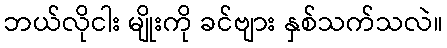
ဘယ်လိုငါး မျိုးကို ခင်ဗျား နှစ်သက်သလဲ။